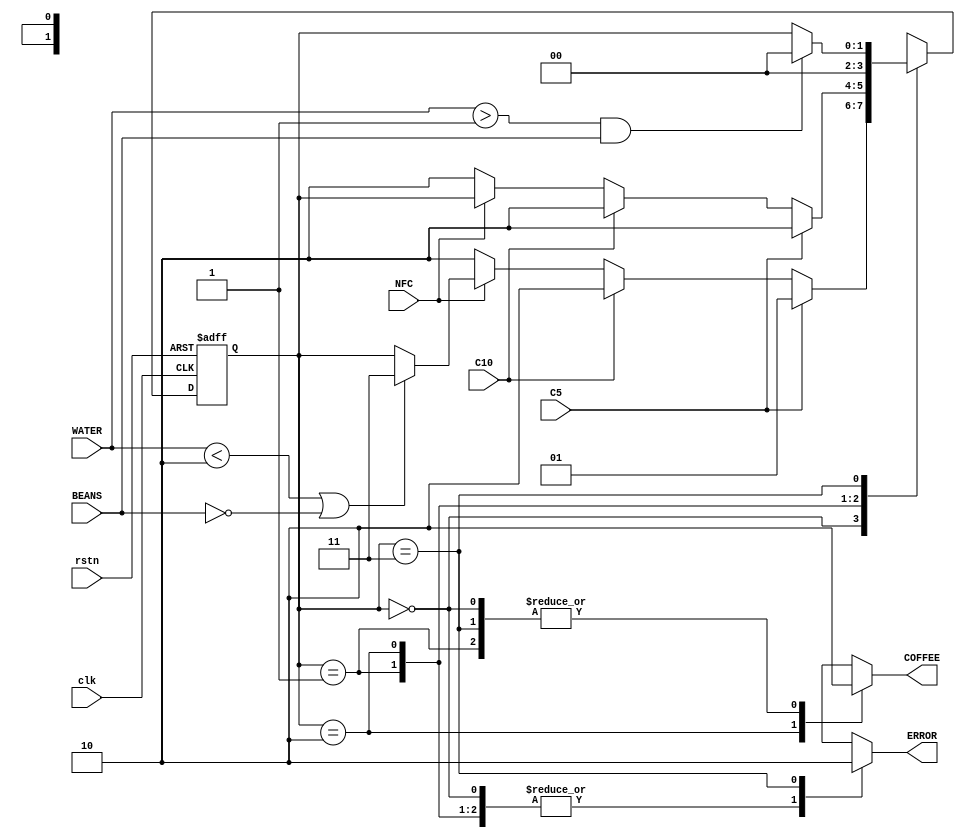
module vmcoffee (
    input C5, C10, NFC, BEANS, rstn, clk,
    input [4:0] WATER,
    output reg COFFEE, ERROR
);

parameter [1:0] IDLE = 2'b00, INSERTED5 = 2'b01, PAID = 2'b10, ERROR_FOUND = 2'b11;
reg [1:0] state, next;

always @(posedge clk or negedge rstn) begin
    if (!rstn) state <= IDLE;
    else       state <= next;
end

always @(state or C5 or C10 or NFC or BEANS or WATER) begin
    next = state; COFFEE = 0 ; ERROR = 1;
    case (state)
        IDLE: begin
            if (C5) next = INSERTED5;
            else if (C10) next = PAID;
            else if (!NFC) next = PAID;
            else if (WATER<2 || !BEANS) next = ERROR_FOUND;
        end

        INSERTED5: begin
            if (C5) next = PAID;
            else if (C10) next = PAID;
            else if (!NFC) next = PAID;
        end

        PAID: 
        begin
            next = IDLE;
            COFFEE = 1;
        end

        ERROR_FOUND: begin
            if (WATER>1 && BEANS) next=IDLE;
            ERROR = 0;
        end
    endcase  
end

endmodule